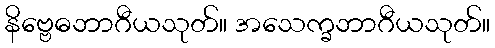
နိဗ္ဗေဓဘာဂီယသုတ်။ အသေက္ခဘာဂီယသုတ်။